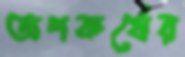
অপকর্ষের